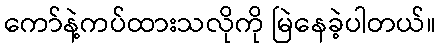
ကော်နဲ့ကပ်ထားသလိုကို မြဲနေခဲ့ပါတယ်။